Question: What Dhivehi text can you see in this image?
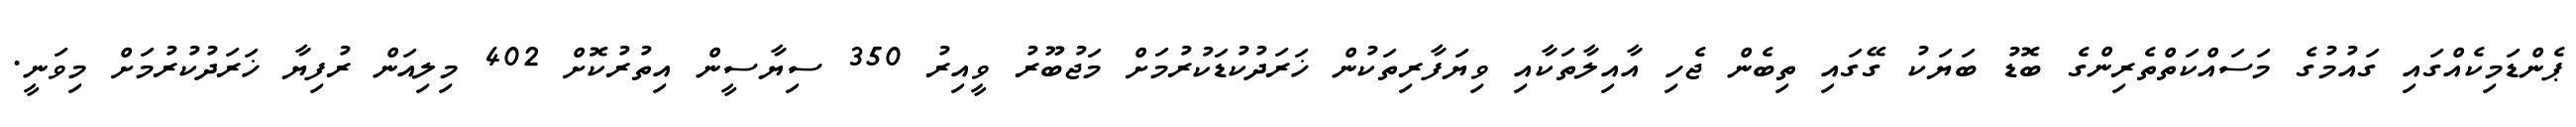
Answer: ޕެންޑަމިކެއްގައި ގައުމުގެ މަސައްކަތްތެރިންގެ ބޮޑު ބަޔަކު ގޭގައި ތިބެން ޖެހި އާއިލާތަކާއި ވިޔަފާރިތަކުން ޚަރަދުކުޑަކުރުމަށް މަޖުބޫރު ވީއިރު 350 ސިޔާސީން އިތުރުކޮށް 402 މިލިއަން ރުފިޔާ ޚަރަދުކުރުމަށް މިވަނީ.